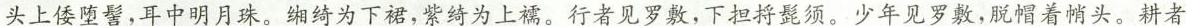
头上倭堕髻，耳中明月珠。缃绮为下裙，紫绮为上襦。行者见罗敷，下担捋髭须。少年见罗敷，脱帽着帩头。耕者